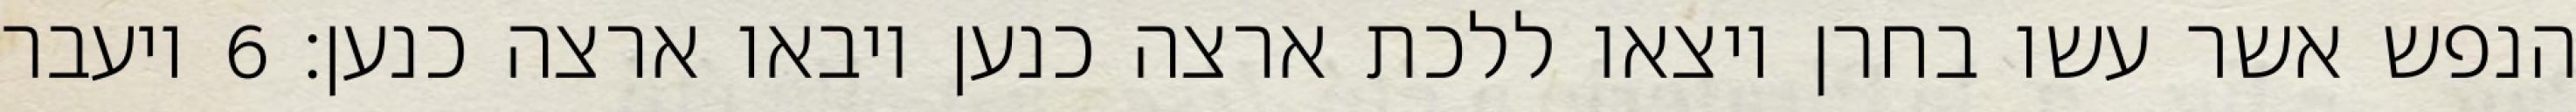
הנפש אשר עשו בחרן ויצאו ללכת ארצה כנען ויבאו ארצה כנען׃ ‎6‏ ויעבר